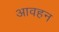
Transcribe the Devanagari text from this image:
आवहन